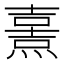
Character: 𤎿